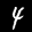
Label: 4